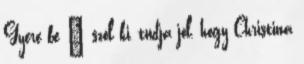
Gyere be – szól ki, tudja jól, hogy Christina